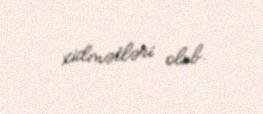
xidmətləri olub.